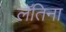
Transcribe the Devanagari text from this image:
लॅतिना